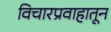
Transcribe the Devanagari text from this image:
विचारप्रवाहातून